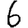
Digit: 6